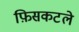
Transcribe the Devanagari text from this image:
फ़िसकटले